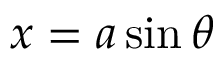
x = a \sin \theta